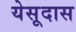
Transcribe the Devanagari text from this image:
येसूदास